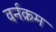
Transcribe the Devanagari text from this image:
वर्नक्रम